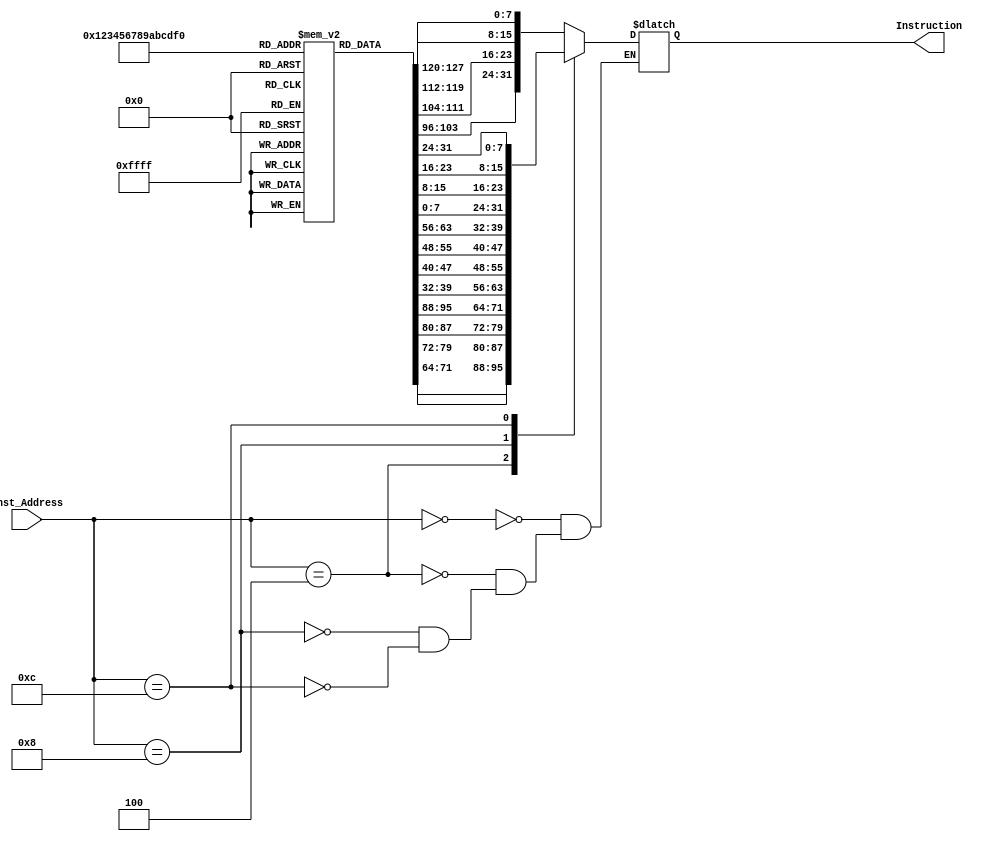
module Instruction_Memory(
	Inst_Address, Instruction
);

	input [63:0] Inst_Address;
	output reg [31:0] Instruction;
	reg [7:0] ins_mem [15:0];
	initial
	begin
	ins_mem[0] = 8'b00110011;
	ins_mem[1] = 8'b10000010;
	ins_mem[2] = 8'b01100010;
	ins_mem[3] = 8'b00000000;
	ins_mem[4] = 8'b00110011;
	ins_mem[5] = 8'b00000100;
	ins_mem[6] = 8'b00110010;
	ins_mem[7] = 8'b01000000;
	ins_mem[8] = 8'b10110011;
	ins_mem[9] = 8'b00000011;
	ins_mem[10] = 8'b01000100;
	ins_mem[11] = 8'b00000000;
	ins_mem[12] = 8'b10110011;
	ins_mem[13] = 8'b10000100;
	ins_mem[14] = 8'b01100010;
	ins_mem[15] = 8'b00000000;
	end
	
	always@(Inst_Address)
	begin
		case(Inst_Address)
		64'd0: Instruction = {ins_mem[3], ins_mem[2], ins_mem[1], ins_mem[0]};
		64'd4: Instruction = {ins_mem[7], ins_mem[6], ins_mem[5], ins_mem[4]};
		64'd8: Instruction = {ins_mem[11], ins_mem[10], ins_mem[9], ins_mem[8]};
		64'd12: Instruction = {ins_mem[15], ins_mem[14], ins_mem[13], ins_mem[12]};
		endcase
end

endmodule